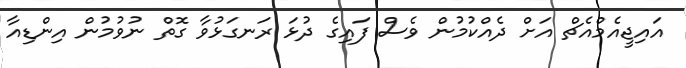
އައިޖީއެމްއެޗް އަށް ދެއްކުމުން ވެސް ފައިގެ ދުޅަ ރަނގަޅުވާ ގޮތް ނުވުމުން އިންޑިއާ